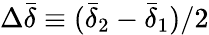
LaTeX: \Delta\bar{\delta}\equiv(\bar{\delta}_{2}-\bar{\delta}_{1})/2